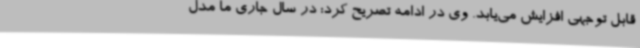
قابل توجهی افزایش می‌یابد. وی در ادامه تصریح کرد: در سال جاری ما مدل